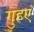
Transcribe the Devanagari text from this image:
गुहएं